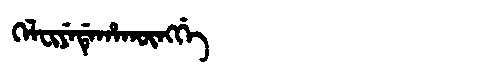
Manchu: ᡴᡝᠯᠸᡳᠶᡝᡩᡝᡥᠠᡴᡡᠩᡤᡝ
Romanization: KELFIYEDEHAKŪNGGE